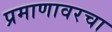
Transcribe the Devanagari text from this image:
प्रमाणावरचा